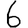
Digit: 6